Annual report of the Bengal Veterinary College and of the Civil Veterinary Department, Bengal, for the year 1910-1911 - 1910-1911
Year: 1910
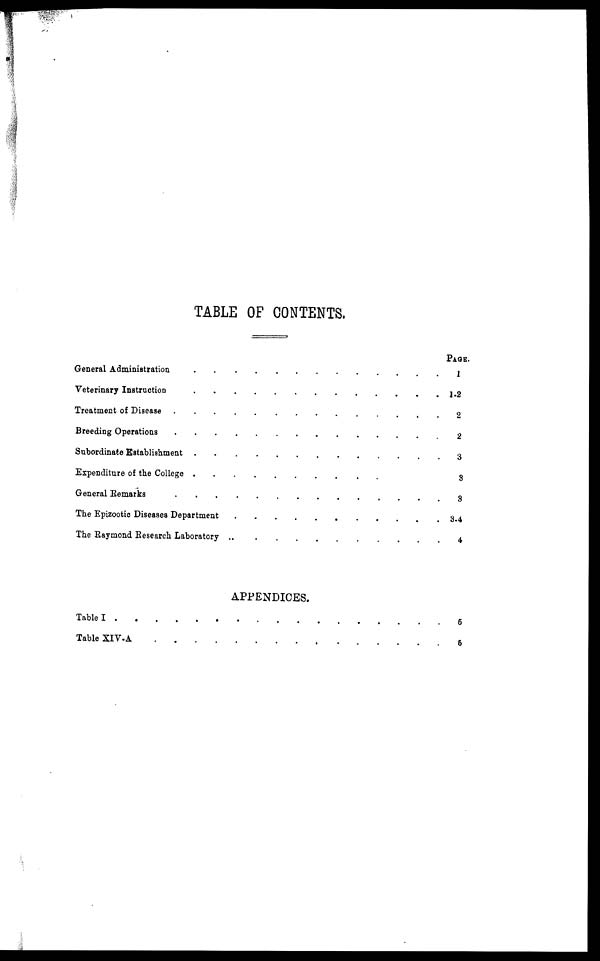
TABLE OF CONTENTS.
General Administration . . . . . . . . . .
Veterinary Instruction . . . . . . . . . .
Treatment of Disease . . . . . . . . . .
Breeding Operations . . . . . . . . . .
Subordinate Establishment . . . . . . . . . .
Expenditure of the College . . . . . . . . . . .
General Remarks . . . . . . . . . .
The Epizootic Diseases Department . . . . . . . . . .
The Raymond Research Laboratory
.
.
.
.
.
.
.
.
.
.
APPENDICES.
Table I . . . . . . . . . . .
Table XIV-A
.
.
.
.
.
.
.
.
.
.
PAGE.
1
1-2
2
2
3
3
8
3-4
4
5
6